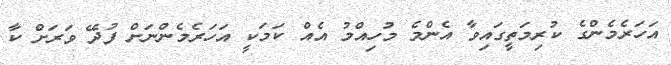
އަހަރެމެންގެ ކުރިމަތީގައިވާ އެންމެ މުހިއްމު އެއް ކަމަކީ އަހަރެމެންނަށް ފުދޭ ވަރަށް ކާ